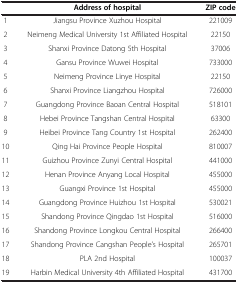
<table><thead><tr><td><b> </b></td><td><b>Address of hospital</b></td><td><b>ZIP code</b></td></tr></thead><tbody><tr><td>1</td><td>Jiangsu Province Xuzhou Hospital</td><td>221009</td></tr><tr><td>2</td><td>Neimeng Medical University 1st Affiliated Hospital</td><td>22150</td></tr><tr><td>3</td><td>Shanxi Province Datong 5th Hospital</td><td>37006</td></tr><tr><td>4</td><td>Gansu Province Wuwei Hospital</td><td>733000</td></tr><tr><td>5</td><td>Neimeng Province Linye Hospital</td><td>22150</td></tr><tr><td>6</td><td>Shanxi Province Liangzhou Hospital</td><td>726000</td></tr><tr><td>7</td><td>Guangdong Province Baoan Central Hospital</td><td>518101</td></tr><tr><td>8</td><td>Hebei Province Tangshan Central Hospital</td><td>63300</td></tr><tr><td>9</td><td>Heibei Province Tang Country 1st Hospital</td><td>262400</td></tr><tr><td>10</td><td>Qing Hai Province People Hospital</td><td>810007</td></tr><tr><td>11</td><td>Guizhou Province Zunyi Central Hospital</td><td>441000</td></tr><tr><td>12</td><td>Henan Province Anyang Local Hospital</td><td>455000</td></tr><tr><td>13</td><td>Guangxi Province 1st Hospital</td><td>455000</td></tr><tr><td>14</td><td>Guangdong Province Huizhou 1st Hospital</td><td>530021</td></tr><tr><td>15</td><td>Shandong Province Qingdao 1st Hospital</td><td>516000</td></tr><tr><td>16</td><td>Shandong Province Longkou Central Hospital</td><td>266400</td></tr><tr><td>17</td><td>Shandong Province Cangshan People’s Hospital</td><td>265701</td></tr><tr><td>18</td><td>PLA 2nd Hospital</td><td>100037</td></tr><tr><td>19</td><td>Harbin Medical University 4th Affiliated Hospital</td><td>431700</td></tr></tbody></table>